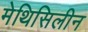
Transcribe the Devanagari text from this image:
मेथिसिलीन